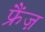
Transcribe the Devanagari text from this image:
फ्रैंज़